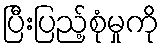
ပြီးပြည့်စုံမှုကို